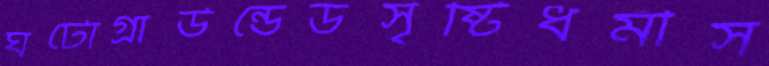
ঘটোগ্রাউন্ডেডসৃষ্টিধর্মীস